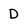
Character: D